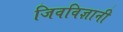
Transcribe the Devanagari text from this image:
जिवविज्ञानी